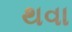
થવા